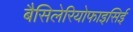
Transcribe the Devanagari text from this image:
बैसिलेरियोफाइसिई